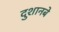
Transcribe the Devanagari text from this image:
दुशानबे